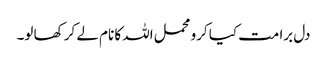
دل برا مت کیا کرو محمل اللہ کا نام لے کر کھا لو۔